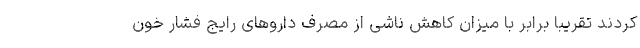
کردند تقریبا برابر با میزان کاهش ناشی از مصرف داروهای رایج فشار خون